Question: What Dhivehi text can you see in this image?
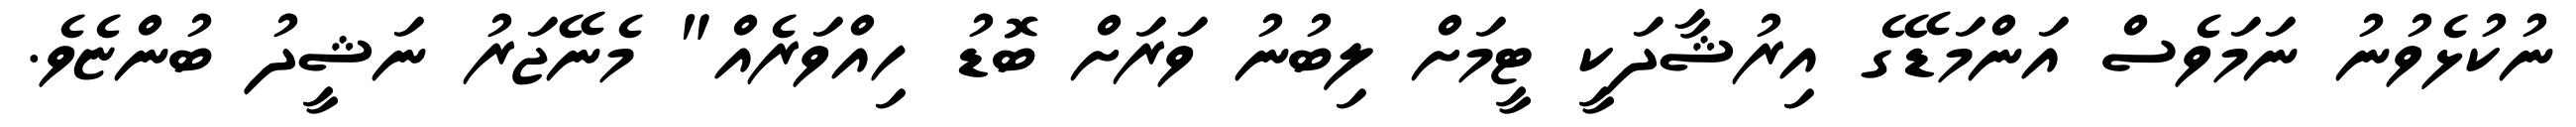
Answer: ނުކުޅެވުނު ނަމަވެސް އަންމަޑޭގެ އިރުޝާދަކީ ޓީމަށް ލިބުނު ވަރަށް ބޮޑު ހިއްވަރެއް" މެނޭޖަރު ނަޝީދު ބުންޏެވެ.